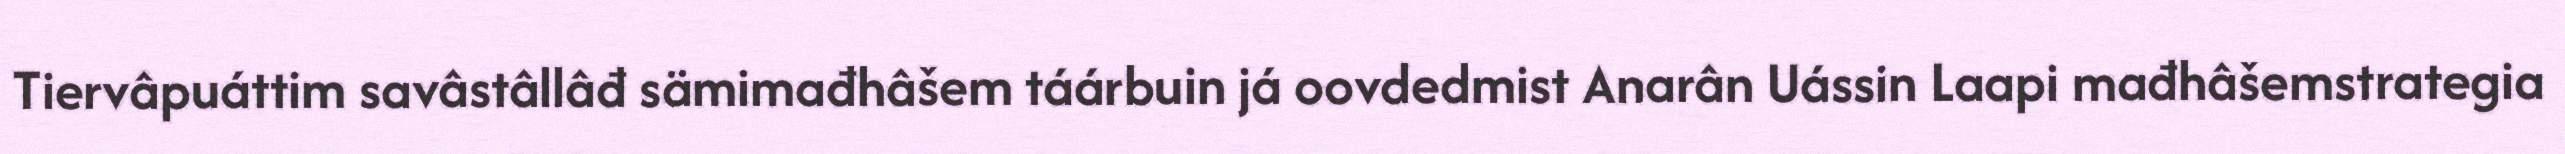
Tiervâpuáttim savâstâllâđ sämimađhâšem táárbuin já oovdedmist Anarân Uássin Laapi mađhâšemstrategia